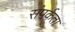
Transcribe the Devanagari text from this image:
संपर्कता